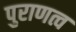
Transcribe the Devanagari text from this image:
पुराणत्व